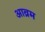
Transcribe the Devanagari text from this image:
आव्रम